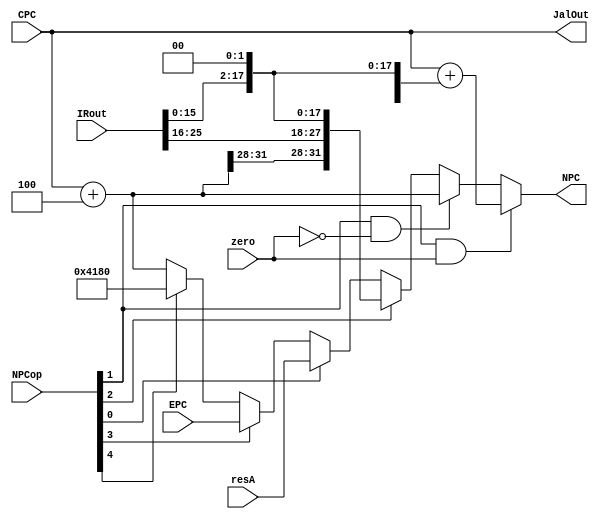
module NPC(NPCop, zero, CPC, EPC, NPC, IRout, resA, JalOut);
	input [4:0] NPCop; //NPCsel
	input zero;
	input [31:0] IRout;
	input [31:0] resA;
	input [31:0] CPC;
	input [31:0] EPC;
	output [31:0] NPC;
	output [31:0] JalOut;
	
	wire[31:0] temp,extImm,JrNPC;
	assign temp = CPC+32'd4;
	
	//j&jal target
	wire [25:0] target;
	assign target= IRout[25:0];
	
	//beq target
	wire [15:0] Imm16;
	assign Imm16 = IRout[15:0];
	assign extImm={{14{Imm16[15]}},Imm16[15:0], {2{1'b0}}};
	assign JrNPC = (NPCop[0])? resA : 32'b0;
	assign JalOut=CPC;
	
	assign intr = NPCop[4];
	assign eret = NPCop[3];
	assign j=NPCop[2];
	assign Branch=NPCop[1];
	assign jr=NPCop[0]; 
	    
	//Judge NPC
  assign NPC= (Branch & zero) ? CPC+extImm:
              (Branch & !zero) ? temp:
              (j) ? {temp[31:28], target , {2{1'b0}}}:
              (jr) ? JrNPC : 
              (eret) ? EPC : 
              (intr)? 32'h00004180 : temp;
endmodule